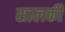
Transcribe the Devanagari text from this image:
सालकी